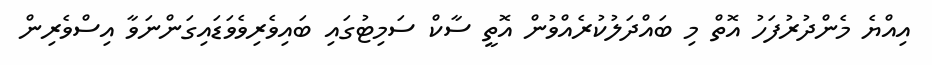
އިއްޔެ މެންދުރުފަހު އޮތް މި ބައްދަލުކުރެއްވުން އޮތީ ސާކް ސަމިޓުގައި ބައިވެރިވެވަޑައިގަންނަވާ އިސްވެރިން